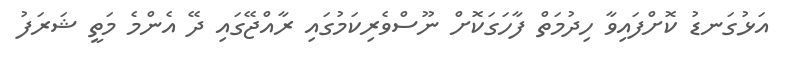
އަޅުގަނޑު ކޮށްފައިވާ ހިދުމަތް ފާހަގަކޮށް ނޫސްވެރިކަމުގައި ރާއްޖޭގައި ދޭ އެންމެ މަތީ ޝަރަފު